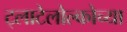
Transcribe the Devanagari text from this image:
ट्लाटेलोल्कोच्या